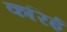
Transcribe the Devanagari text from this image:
करिई